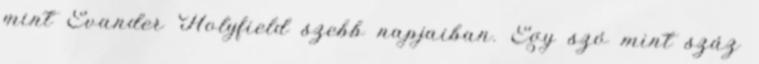
mint Evander Holyfield szebb napjaiban. Egy szó mint száz